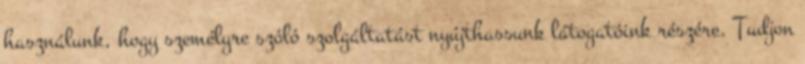
használunk, hogy személyre szóló szolgáltatást nyújthassunk látogatóink részére. Tudjon